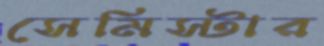
সেমিস্টার